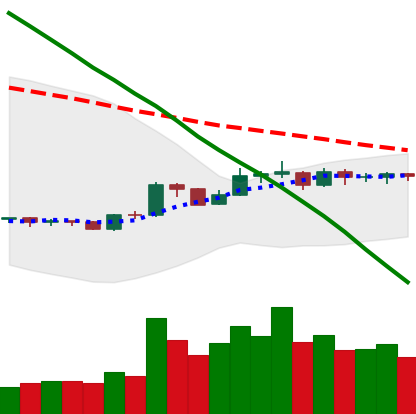
Ticker: BNB-USD
Chart end date: 2019-10-21
Forward return: 3.191%
Label: up_3_5